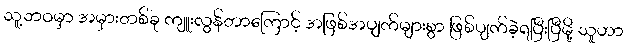
သူ့ဘဝမှာ အမှားတစ်ခု ကျူးလွန်တာကြောင့် အဖြစ်အပျက်များစွာ ဖြစ်ပျက်ခဲ့ရပြီးပြီမို့ သူဟာ